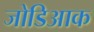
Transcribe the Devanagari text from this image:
जोडिआक